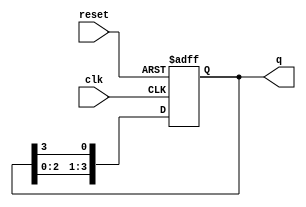
module ring_counter (
    input wire clk,      // Clock input
    input wire reset,    // Asynchronous reset input
    output reg [N-1:0] q // Output vector for the ring counter states
);
    parameter N = 4; // Number of stages in the ring counter (modify as needed)

    always @(posedge clk or posedge reset) begin
        if (reset) begin
            // On reset, initialize the first flip-flop to '1', others to '0'
            q <= 1'b1;
        end else begin
            // Shift the '1' to the left, wrapping around to the first position
            q <= {q[N-2:0], q[N-1]};
        end
    end

endmodule